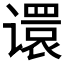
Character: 𫍽